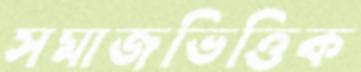
সমাজভিত্তিক